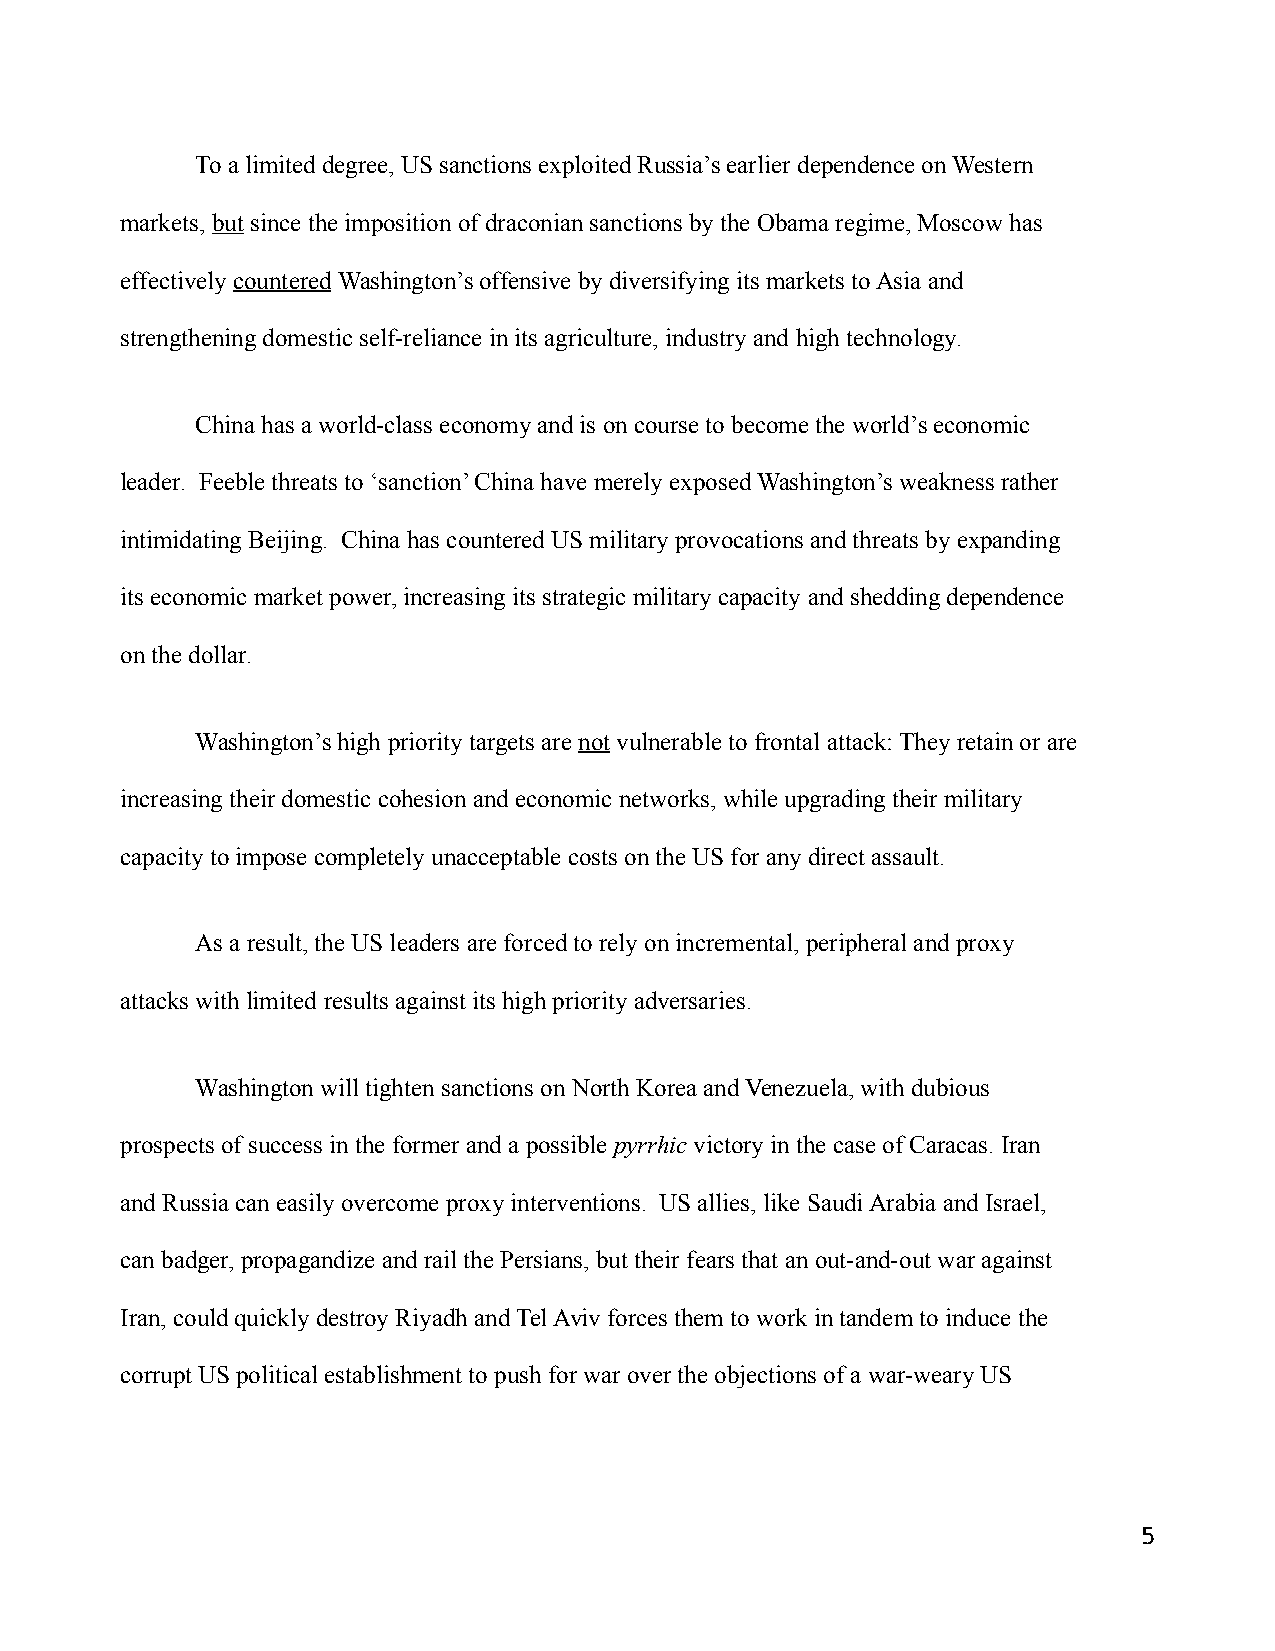
To a limited degree, US sanctions exploited Russia’s earlier dependence on Western
 markets, but since the imposition of draconian sanctions by the Obama regime, Moscow has
 effectively countered Washington’s offensive by diversifying its markets to Asia and
 strengthening domestic self-reliance in its agriculture, industry and high technology.
 China has a world-class economy and is on course to become the world’s economic
 leader. Feeble threats to ‘sanction’ China have merely exposed Washington’s weakness rather
 intimidating Beijing. China has countered US military provocations and threats by expanding
 its economic market power, increasing its strategic military capacity and shedding dependence
 on the dollar.
 Washington’s high priority targets are not vulnerable to frontal attack: They retain or are
 increasing their domestic cohesion and economic networks, while upgrading their military
 capacity to impose completely unacceptable costs on the US for any direct assault.
 As a result, the US leaders are forced to rely on incremental, peripheral and proxy
 attacks with limited results against its high priority adversaries.
 Washington will tighten sanctions on North Korea and Venezuela, with dubious
 prospects of success in the former and a possible pyrrhic victory in the case of Caracas. Iran
 and Russia can easily overcome proxy interventions. US allies, like Saudi Arabia and Israel,
 can badger, propagandize and rail the Persians, but their fears that an out-and-out war against
 Iran, could quickly destroy Riyadh and Tel Aviv forces them to work in tandem to induce the
 corrupt US political establishment to push for war over the objections of a war-weary US
 5